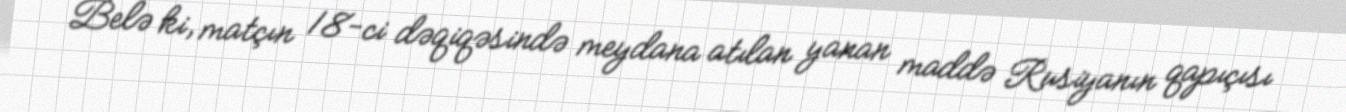
Belə ki, matçın 18-ci dəqiqəsində meydana atılan yanan maddə Rusiyanın qapıçısı